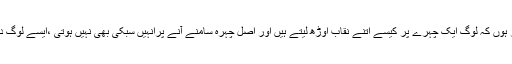
انہوں نے کہا کہ میں یہ سمجھنے سے قاصر ہوں کہ لوگ ایک چہرے پر کیسے اتنے نقاب اوڑھ لیتے ہیں اور اصل چہرہ سامنے آنے پرانہیں سبکی بھی نہیں ہوتی ،ایسے لوگ دوسروں کا اعتماد توڑنے کا باعث بنتے ہیں ۔